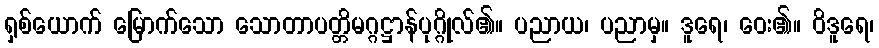
ရှစ်ယောက် မြောက်သော သောတာပတ္တိမဂ္ဂဋ္ဌာန်ပုဂ္ဂိုလ်၏။ ပညာယ၊ ပညာမှ။ ဒူရေ၊ ဝေး၏။ ဝိဒူရေ၊